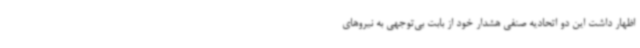
اظهار داشت این دو اتحادیه صنفی هشدار خود از بابت بی‌توجهی به نیروهای